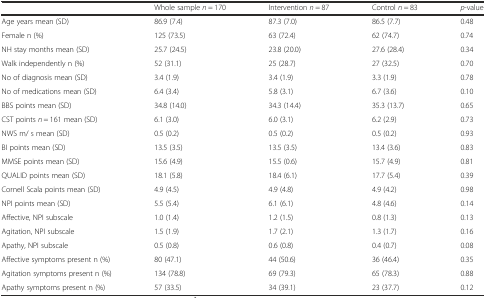
<table><thead><tr><td></td><td><b>Whole sample <i>n</i> = 170</b></td><td><b>Intervention <i>n</i> = 87</b></td><td><b>Control <i>n</i> = 83</b></td><td><b><i>p</i>-value</b></td></tr></thead><tbody><tr><td>Age years mean (SD)</td><td>86.9 (7.4)</td><td>87.3 (7.0)</td><td>86.5 (7.7)</td><td>0.48</td></tr><tr><td>Female n (%)</td><td>125 (73.5)</td><td>63 (72.4)</td><td>62 (74.7)</td><td>0.74</td></tr><tr><td>NH stay months mean (SD)</td><td>25.7 (24.5)</td><td>23.8 (20.0)</td><td>27.6 (28.4)</td><td>0.34</td></tr><tr><td>Walk independently n (%)</td><td>52 (31.1)</td><td>25 (28.7)</td><td>27 (32.5)</td><td>0.70</td></tr><tr><td>No of diagnosis mean (SD)</td><td>3.4 (1.9)</td><td>3.4 (1.9)</td><td>3.3 (1.9)</td><td>0.78</td></tr><tr><td>No of medications mean (SD)</td><td>6.4 (3.4)</td><td>5.8 (3.1)</td><td>6.7 (3.6)</td><td>0.10</td></tr><tr><td>BBS points mean (SD)</td><td>34.8 (14.0)</td><td>34.3 (14.4)</td><td>35.3 (13.7)</td><td>0.65</td></tr><tr><td>CST points <i>n</i> = 161 mean (SD)</td><td>6.1 (3.0)</td><td>6.0 (3.1)</td><td>6.2 (2.9)</td><td>0.73</td></tr><tr><td>NWS m/ s mean (SD)</td><td>0.5 (0.2)</td><td>0.5 (0.2)</td><td>0.5 (0.2)</td><td>0.93</td></tr><tr><td>BI points mean (SD)</td><td>13.5 (3.5)</td><td>13.5 (3.5)</td><td>13.4 (3.6)</td><td>0.83</td></tr><tr><td>MMSE points mean (SD)</td><td>15.6 (4.9)</td><td>15.5 (0.6)</td><td>15.7 (4.9)</td><td>0.81</td></tr><tr><td>QUALID points mean (SD)</td><td>18.1 (5.8)</td><td>18.4 (6.1)</td><td>17.7 (5.4)</td><td>0.39</td></tr><tr><td>Cornell Scala points mean (SD)</td><td>4.9 (4.5)</td><td>4.9 (4.8)</td><td>4.9 (4.2)</td><td>0.98</td></tr><tr><td>NPI points mean (SD)</td><td>5.5 (5.4)</td><td>6.1 (6.1)</td><td>4.8 (4.6)</td><td>0.14</td></tr><tr><td>Affective, NPI subscale</td><td>1.0 (1.4)</td><td>1.2 (1.5)</td><td>0.8 (1.3)</td><td>0.13</td></tr><tr><td>Agitation, NPI subscale</td><td>1.5 (1.9)</td><td>1.7 (2.1)</td><td>1.3 (1.7)</td><td>0.16</td></tr><tr><td>Apathy, NPI subscale</td><td>0.5 (0.8)</td><td>0.6 (0.8)</td><td>0.4 (0.7)</td><td>0.08</td></tr><tr><td>Affective symptoms present n (%)</td><td>80 (47.1)</td><td>44 (50.6)</td><td>36 (46.4)</td><td>0.35</td></tr><tr><td>Agitation symptoms present n (%)</td><td>134 (78.8)</td><td>69 (79.3)</td><td>65 (78.3)</td><td>0.88</td></tr><tr><td>Apathy symptoms present n (%)</td><td>57 (33.5)</td><td>34 (39.1)</td><td>23 (37.7)</td><td>0.12</td></tr></tbody></table>